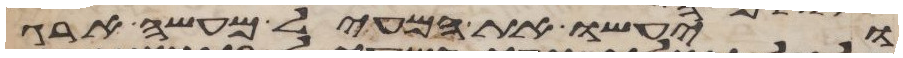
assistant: ויעשו את המעיל מעשה ארג